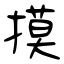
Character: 摸